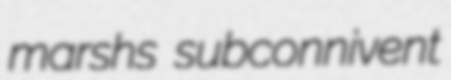
marshs subconnivent